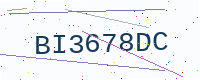
Text: BI3678DC